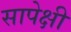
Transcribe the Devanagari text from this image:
सापेक्षी